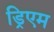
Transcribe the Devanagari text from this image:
ड्रिएम